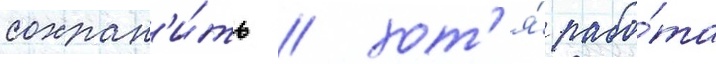
сохран'и́ть / хот'я́ рабо́та